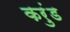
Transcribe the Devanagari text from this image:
करुंड